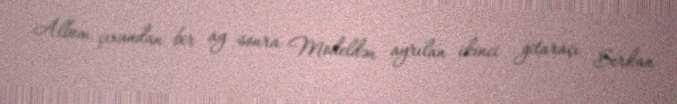
Albom çıxandan bir ay sonra Modeldən ayrılan ikinci gitaraçı Serkan